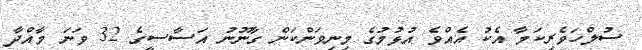
ސުލްހަވެރިކަމާ އެކު އެއްވެ އުޅުމުގެ މިނިވަންކަން ގާނޫނު އަސާސީގެ 32 ވަނަ މާއްދާ